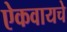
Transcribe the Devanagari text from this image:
ऐकवायचे